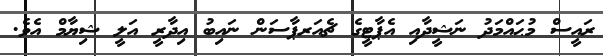
ރައީސް މުޙައްމަދު ނަޝީދާއި އެޕާޓީގެ ޗެއަރޕާސަން ނައިބު އިދާރީ އަލީ ޝިޔާމް އެވެ.